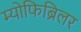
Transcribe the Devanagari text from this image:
म्योफिब्रिलर